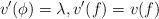
LaTeX: \begin{align*} v'(\phi) = \lambda, v'(f) = v(f)\;\;\end{align*}